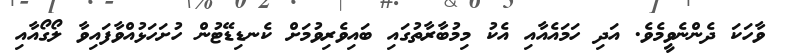
ވާހަކަ ދެންނެވީމެވެ. އަދި ހަމައެއާއި އެކު މިމުބާރާތުގައި ބައިވެރިވުމަށް ކެނޑިޑޭޓުން ހުށަހަޅުއްވާފައިވާ ލޯގޯއާއި